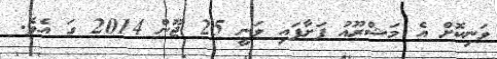
ވަނިކޮށް އެ މަޝްރޫއު ފަށާފައި ވަނީ 25 ޖޫން 2014 ގަ އެވެ.